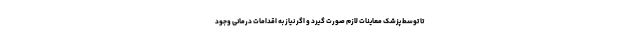
تا توسط پزشک معاینات لازم صورت گیرد و اگر نیاز به اقدامات درمانی وجود